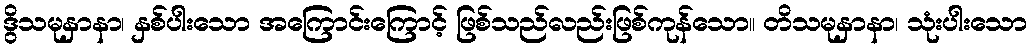
ဒွိသမုနှာနာ၊ နှစ်ပါးသော အကြောင်းကြောင့် ဖြစ်သည်လည်းဖြစ်ကုန်သော။ တိသမုနှာနာ၊ သုံးပါးသော